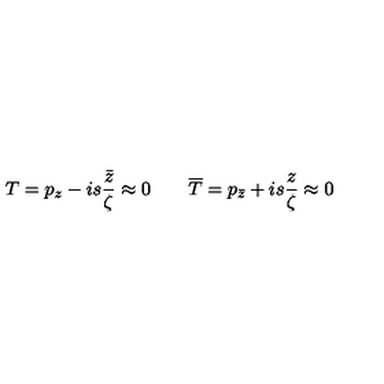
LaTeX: T = p _ { z } - i s \frac { \bar { z } } { \zeta } \approx 0 \qquad \overline { { T } } = p _ { \bar { z } } + i s \frac { z } { \zeta } \approx 0